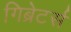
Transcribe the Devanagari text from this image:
गिब्रेटर्स